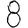
Digit: 8